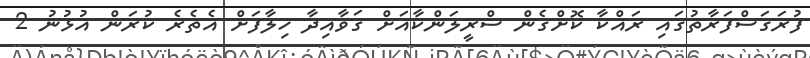
ފުރަގަސްފަރާތުގައި ރައްކާ ކޮށްގެން ސްރީލަންކާއަށް ޤަވާއިދާ ޚިލާފަށް އެތެރެ ކުރަން އުޅުނު 2